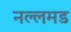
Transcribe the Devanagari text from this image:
नल्लमड